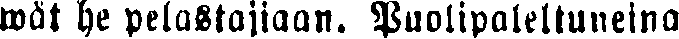
wät he pelastajiaan. Puolipaleltuneina